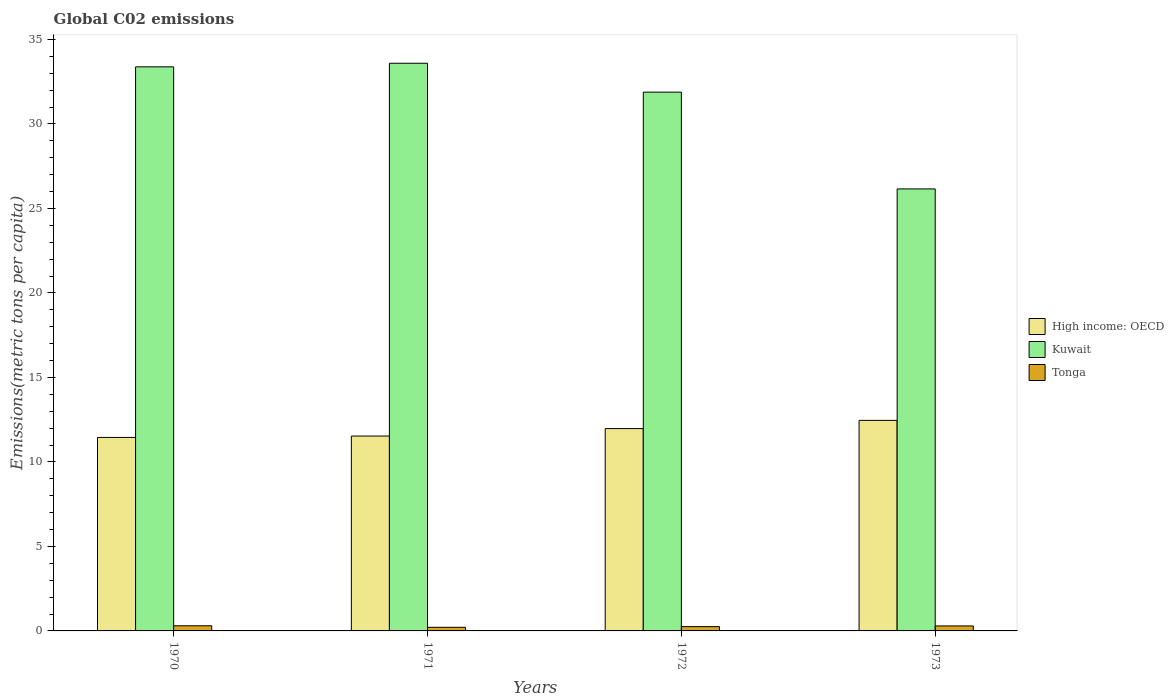
| Years | High income: OECD | Kuwait | Tonga |
 | --- | --- | --- | --- |
 | 1970 | 11.5 | 33.4 | 0.304 |
 | 1971 | 11.5 | 33.6 | 0.214 |
 | 1972 | 12 | 31.9 | 0.255 |
 | 1973 | 12.5 | 26.2 | 0.295 |